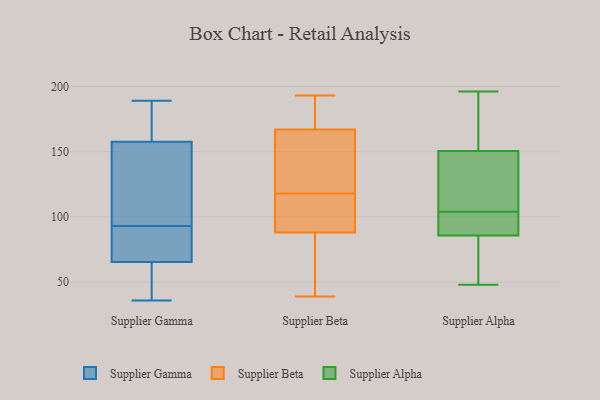
{"axis": {"x": "Active Users", "y": "Value"}, "legend": ["Supplier Alpha", "Supplier Beta", "Supplier Gamma"], "data": [{"x": "", "y": 183, "type": "Supplier Gamma"}, {"x": "", "y": 105, "type": "Supplier Gamma"}, {"x": "", "y": 162, "type": "Supplier Gamma"}, {"x": "", "y": 78, "type": "Supplier Gamma"}, {"x": "", "y": 156, "type": "Supplier Gamma"}, {"x": "", "y": 49, "type": "Supplier Gamma"}, {"x": "", "y": 93, "type": "Supplier Gamma"}, {"x": "", "y": 123, "type": "Supplier Gamma"}, {"x": "", "y": 189, "type": "Supplier Gamma"}, {"x": "", "y": 36, "type": "Supplier Gamma"}, {"x": "", "y": 46, "type": "Supplier Gamma"}, {"x": "", "y": 71, "type": "Supplier Gamma"}, {"x": "", "y": 83, "type": "Supplier Gamma"}, {"x": "", "y": 61, "type": "Supplier Beta"}, {"x": "", "y": 92, "type": "Supplier Beta"}, {"x": "", "y": 107, "type": "Supplier Beta"}, {"x": "", "y": 131, "type": "Supplier Beta"}, {"x": "", "y": 125, "type": "Supplier Beta"}, {"x": "", "y": 183, "type": "Supplier Beta"}, {"x": "", "y": 178, "type": "Supplier Beta"}, {"x": "", "y": 92, "type": "Supplier Beta"}, {"x": "", "y": 167, "type": "Supplier Beta"}, {"x": "", "y": 59, "type": "Supplier Beta"}, {"x": "", "y": 192, "type": "Supplier Beta"}, {"x": "", "y": 118, "type": "Supplier Beta"}, {"x": "", "y": 118, "type": "Supplier Beta"}, {"x": "", "y": 86, "type": "Supplier Beta"}, {"x": "", "y": 193, "type": "Supplier Beta"}, {"x": "", "y": 39, "type": "Supplier Beta"}, {"x": "", "y": 150, "type": "Supplier Beta"}, {"x": "", "y": 88, "type": "Supplier Beta"}, {"x": "", "y": 181, "type": "Supplier Alpha"}, {"x": "", "y": 115, "type": "Supplier Alpha"}, {"x": "", "y": 98, "type": "Supplier Alpha"}, {"x": "", "y": 94, "type": "Supplier Alpha"}, {"x": "", "y": 121, "type": "Supplier Alpha"}, {"x": "", "y": 143, "type": "Supplier Alpha"}, {"x": "", "y": 153, "type": "Supplier Alpha"}, {"x": "", "y": 104, "type": "Supplier Alpha"}, {"x": "", "y": 170, "type": "Supplier Alpha"}, {"x": "", "y": 48, "type": "Supplier Alpha"}, {"x": "", "y": 59, "type": "Supplier Alpha"}, {"x": "", "y": 83, "type": "Supplier Alpha"}, {"x": "", "y": 100, "type": "Supplier Alpha"}, {"x": "", "y": 196, "type": "Supplier Alpha"}, {"x": "", "y": 83, "type": "Supplier Alpha"}]}